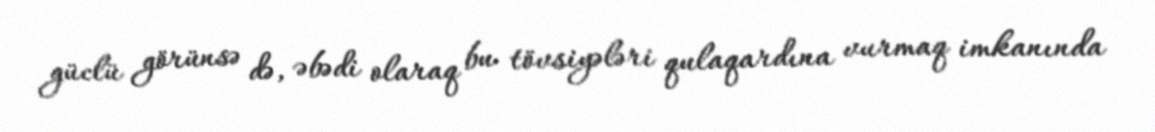
güclü görünsə də, əbədi olaraq bu tövsiyələri qulaqardına vurmaq imkanında